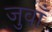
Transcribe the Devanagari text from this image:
जुवाँ